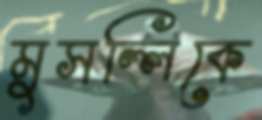
মুসল্লিকে